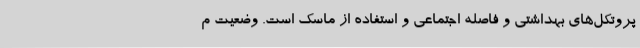
پروتکل‌های بهداشتی و فاصله اجتماعی و استفاده از ماسک است. وضعیت م